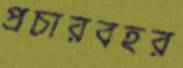
প্রচারবহর